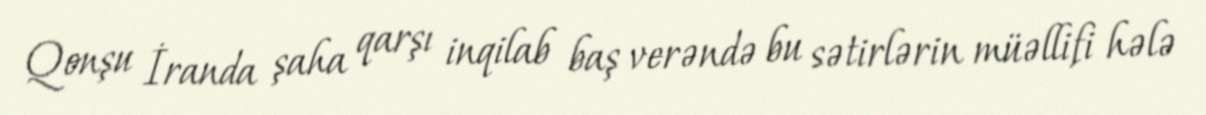
Qonşu İranda şaha qarşı inqilab baş verəndə bu sətirlərin müəllifi hələ